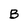
Character: B